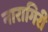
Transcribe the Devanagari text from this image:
नारागिरी